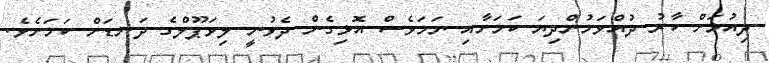
ދިއުމަށް ކާރު ދުއްވަމުންދިޔަ ކަމަށާއި ނަމަވެސް އޮޅިގެން ދެވުނީ ލިވަޕޫލްގެ ދަނޑަށް ކަމަށެވެ.